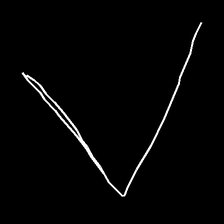
Glyph: region